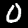
Digit: 0